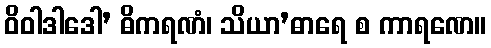
ဝိဝါဒါဒေါ’ ဓိကရဏံ၊ သိယာ’ဓာရေ စ ကာရဏေ။